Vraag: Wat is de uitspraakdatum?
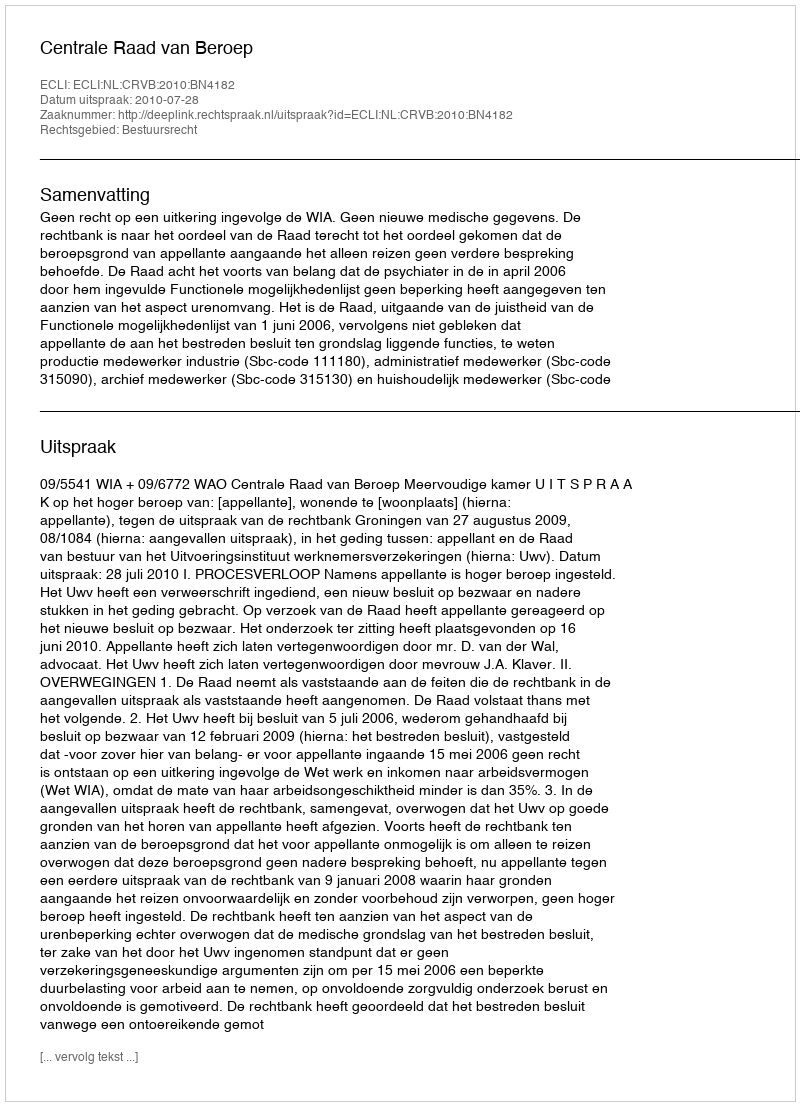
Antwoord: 2010-07-28